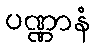
ပဏ္ဏာနံ